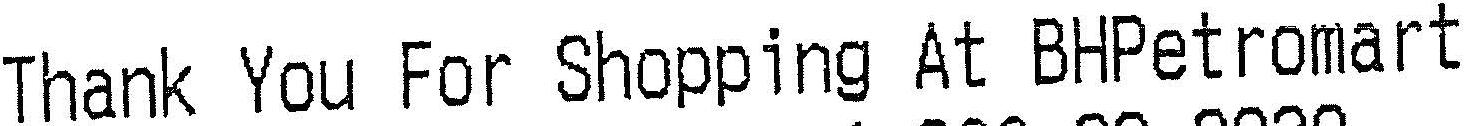
THANK YOU FOR SHOPPING AT BHPETROMART